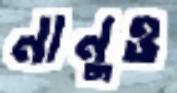
নানুও